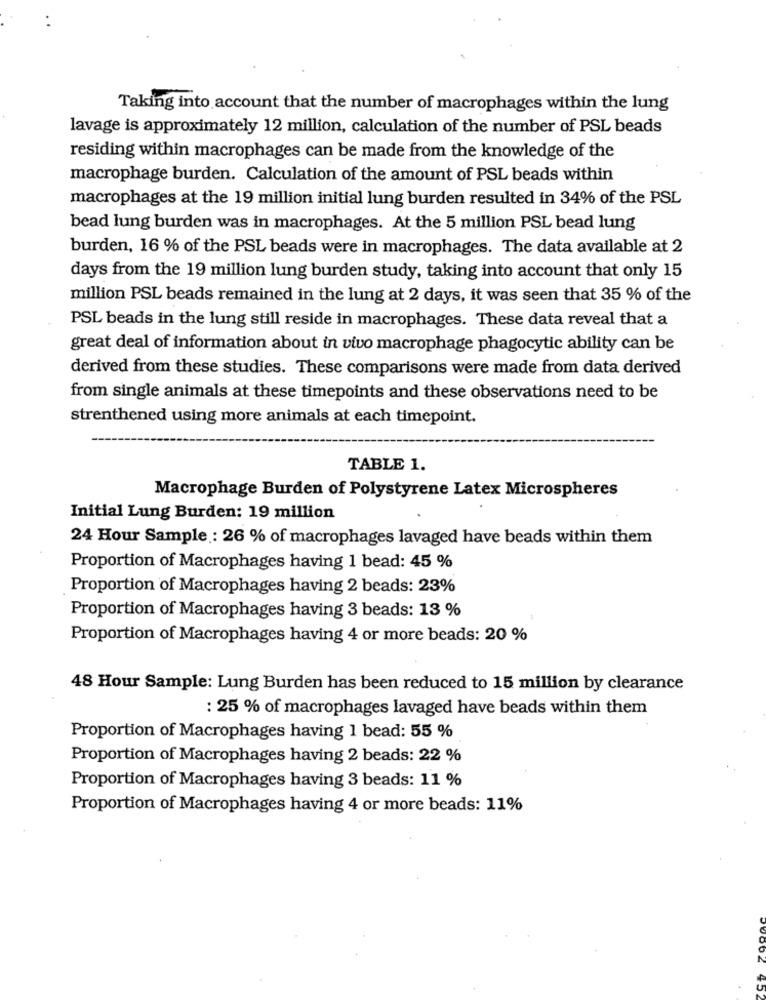
Taking into account that the number of macrophages within the lung
lavage is approximately 12 million, calculation of the number of PSL beads
residing within macrophages can be made from the knowledge of the
macrophage burden. Calculation of the amount of PSL beads within
macrophages at the 19 million initial lung burden resulted in 34% of the PSL
bead lung burden was in macrophages. At the 5 million PSL bead lung
burden, 16 % of the PSL beads were in macrophages. The data available at 2
days from the 19 million lung burden study, taking into account that only 15
million PSL beads remained in the lung at 2 days, it was seen that 35 % of the
PSL beads in the lung still reside in macrophages. These data reveal that a
great deal of information about in vivo macrophage phagocytic ability can be
derived from these studies. These comparisons were made from data derived
from single animals at these timepoints and these observations need to be
strenthened using more animals at each timepoint.
TABLE 1.
Macrophage Burden of Polystyrene Latex Microspheres
Initial Lung Burden: 19 million
24 Hour Sample : 26 % of macrophages lavaged have beads within them
Proportion of Macrophages having 1 bead: 45 %
Proportion of Macrophages having 2 beads: 23%
Proportion of Macrophages having 3 beads: 13 %
Proportion of Macrophages having 4 or more beads: 20 %
48 Hour Sample: Lung Burden has been reduced to 15 million by clearance
: 25 % of macrophages lavaged have beads within them
Proportion of Macrophages having 1 bead: 55 %
Proportion of Macrophages having 2 beads: 22 %
Proportion of Macrophages having 3 beads: 11 %
Proportion of Macrophages having 4 or more beads: 11%